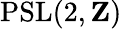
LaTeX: \operatorname{PSL}(2,\mathbf{Z})